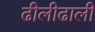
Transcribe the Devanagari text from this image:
ढीलीढाली